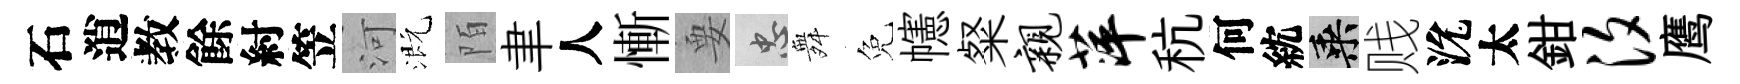
石逍教餘紂笠河溉陌聿人慚要忠舞免幰粲亲萍秔何紞乘贱沇太鉗汐鹰